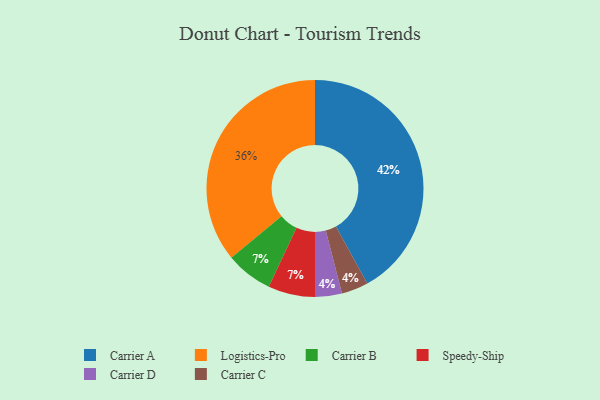
{"axis": {"x": "Category", "y": "Percentage"}, "legend": ["Carrier A", "Carrier B", "Carrier C", "Carrier D", "Logistics-Pro", "Speedy-Ship"], "data": [{"x": "Carrier B", "y": 7, "type": "Carrier B"}, {"x": "Carrier D", "y": 4, "type": "Carrier D"}, {"x": "Carrier A", "y": 42, "type": "Carrier A"}, {"x": "Carrier C", "y": 4, "type": "Carrier C"}, {"x": "Speedy-Ship", "y": 7, "type": "Speedy-Ship"}, {"x": "Logistics-Pro", "y": 36, "type": "Logistics-Pro"}]}